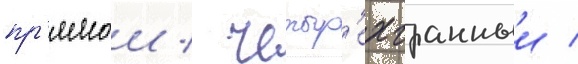
пр'ямои / четыр'ехгранныи /